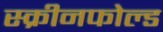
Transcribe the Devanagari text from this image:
स्क्रीनफोल्ड